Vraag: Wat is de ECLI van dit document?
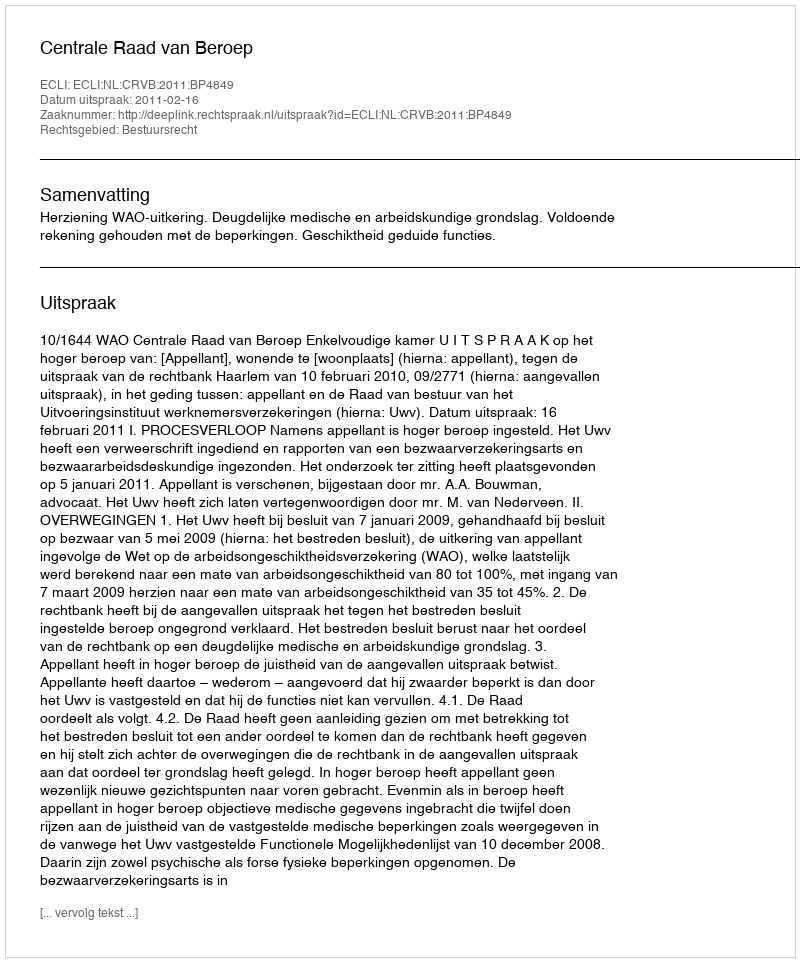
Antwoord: ECLI:NL:CRVB:2011:BP4849